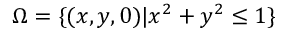
\Omega = \{ ( x , y , 0 ) | x ^ { 2 } + y ^ { 2 } \leq 1 \}